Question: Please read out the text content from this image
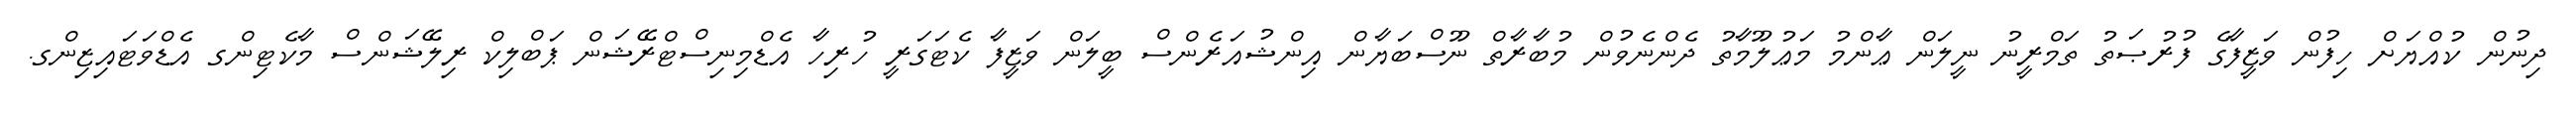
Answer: ދިނުން ކުއްޔަށް ހިފުން ވަޒީފާގެ ފުރުޞަތު ތަމްރީނު ނީލަން ޢާންމު މަޢުލޫމާތު ދެންނެވުން މުބާރާތް ނޫސްބަޔާން އިންޝުއަރެންސް ބީލަން ވަޒީފާ ކެޓަގަރީ ހުރިހާ އެޑްމިނިސްޓްރޭޝަން ޕަބްލިކް ރިލޭޝަންސް މާކެޓިންގ އެޑްވަޓައިޒިންގ.